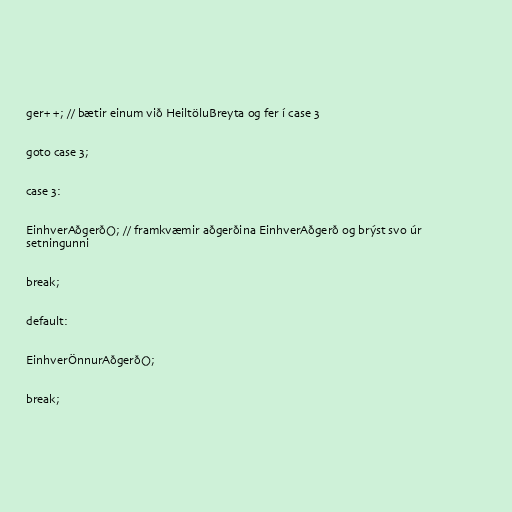
ger++; // bætir einum við HeiltöluBreyta og fer í case 3

goto case 3;

case 3:

EinhverAðgerð(); // framkvæmir aðgerðina EinhverAðgerð og brýst svo úr
setningunni

break;

default:

EinhverÖnnurAðgerð();

break;